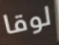
لوقا